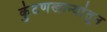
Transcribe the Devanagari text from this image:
कुंटणखान्यांतून